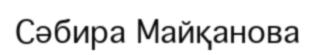
Сәбира Майқанова